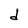
Character: d